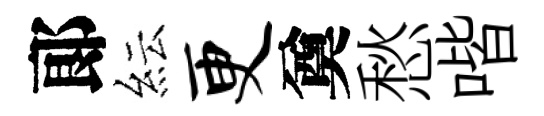
郞紜更奠愁喈